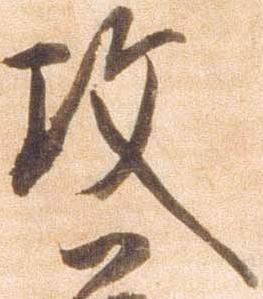
攻